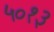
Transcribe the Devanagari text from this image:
५०१३